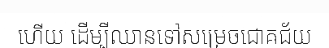
ហើយ ដើម្បីឈានទៅសម្រេចជោគជ័យ